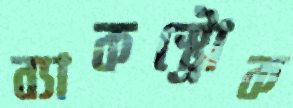
ব্যাকস্ট্রোক